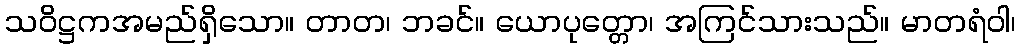
သဝိဋ္ဌကအမည်ရှိသော။ တာတ၊ ဘခင်။ ယောပုတ္တော၊ အကြင်သားသည်။ မာတရံဝါ၊